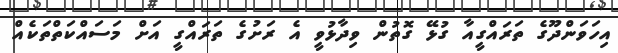
އިހަވަންދޫގެ ތަރައްގީއާ ގުޅޭ ގޮތުން ވިދާޅުވީ އެ ރަށުގެ ތަރައްގީ އަށް މަސައްކަތްތަކެއް